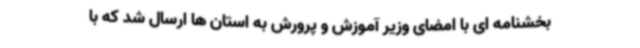
بخشنامه ای با امضای وزیر آموزش و پرورش به استان ها ارسال شد که با